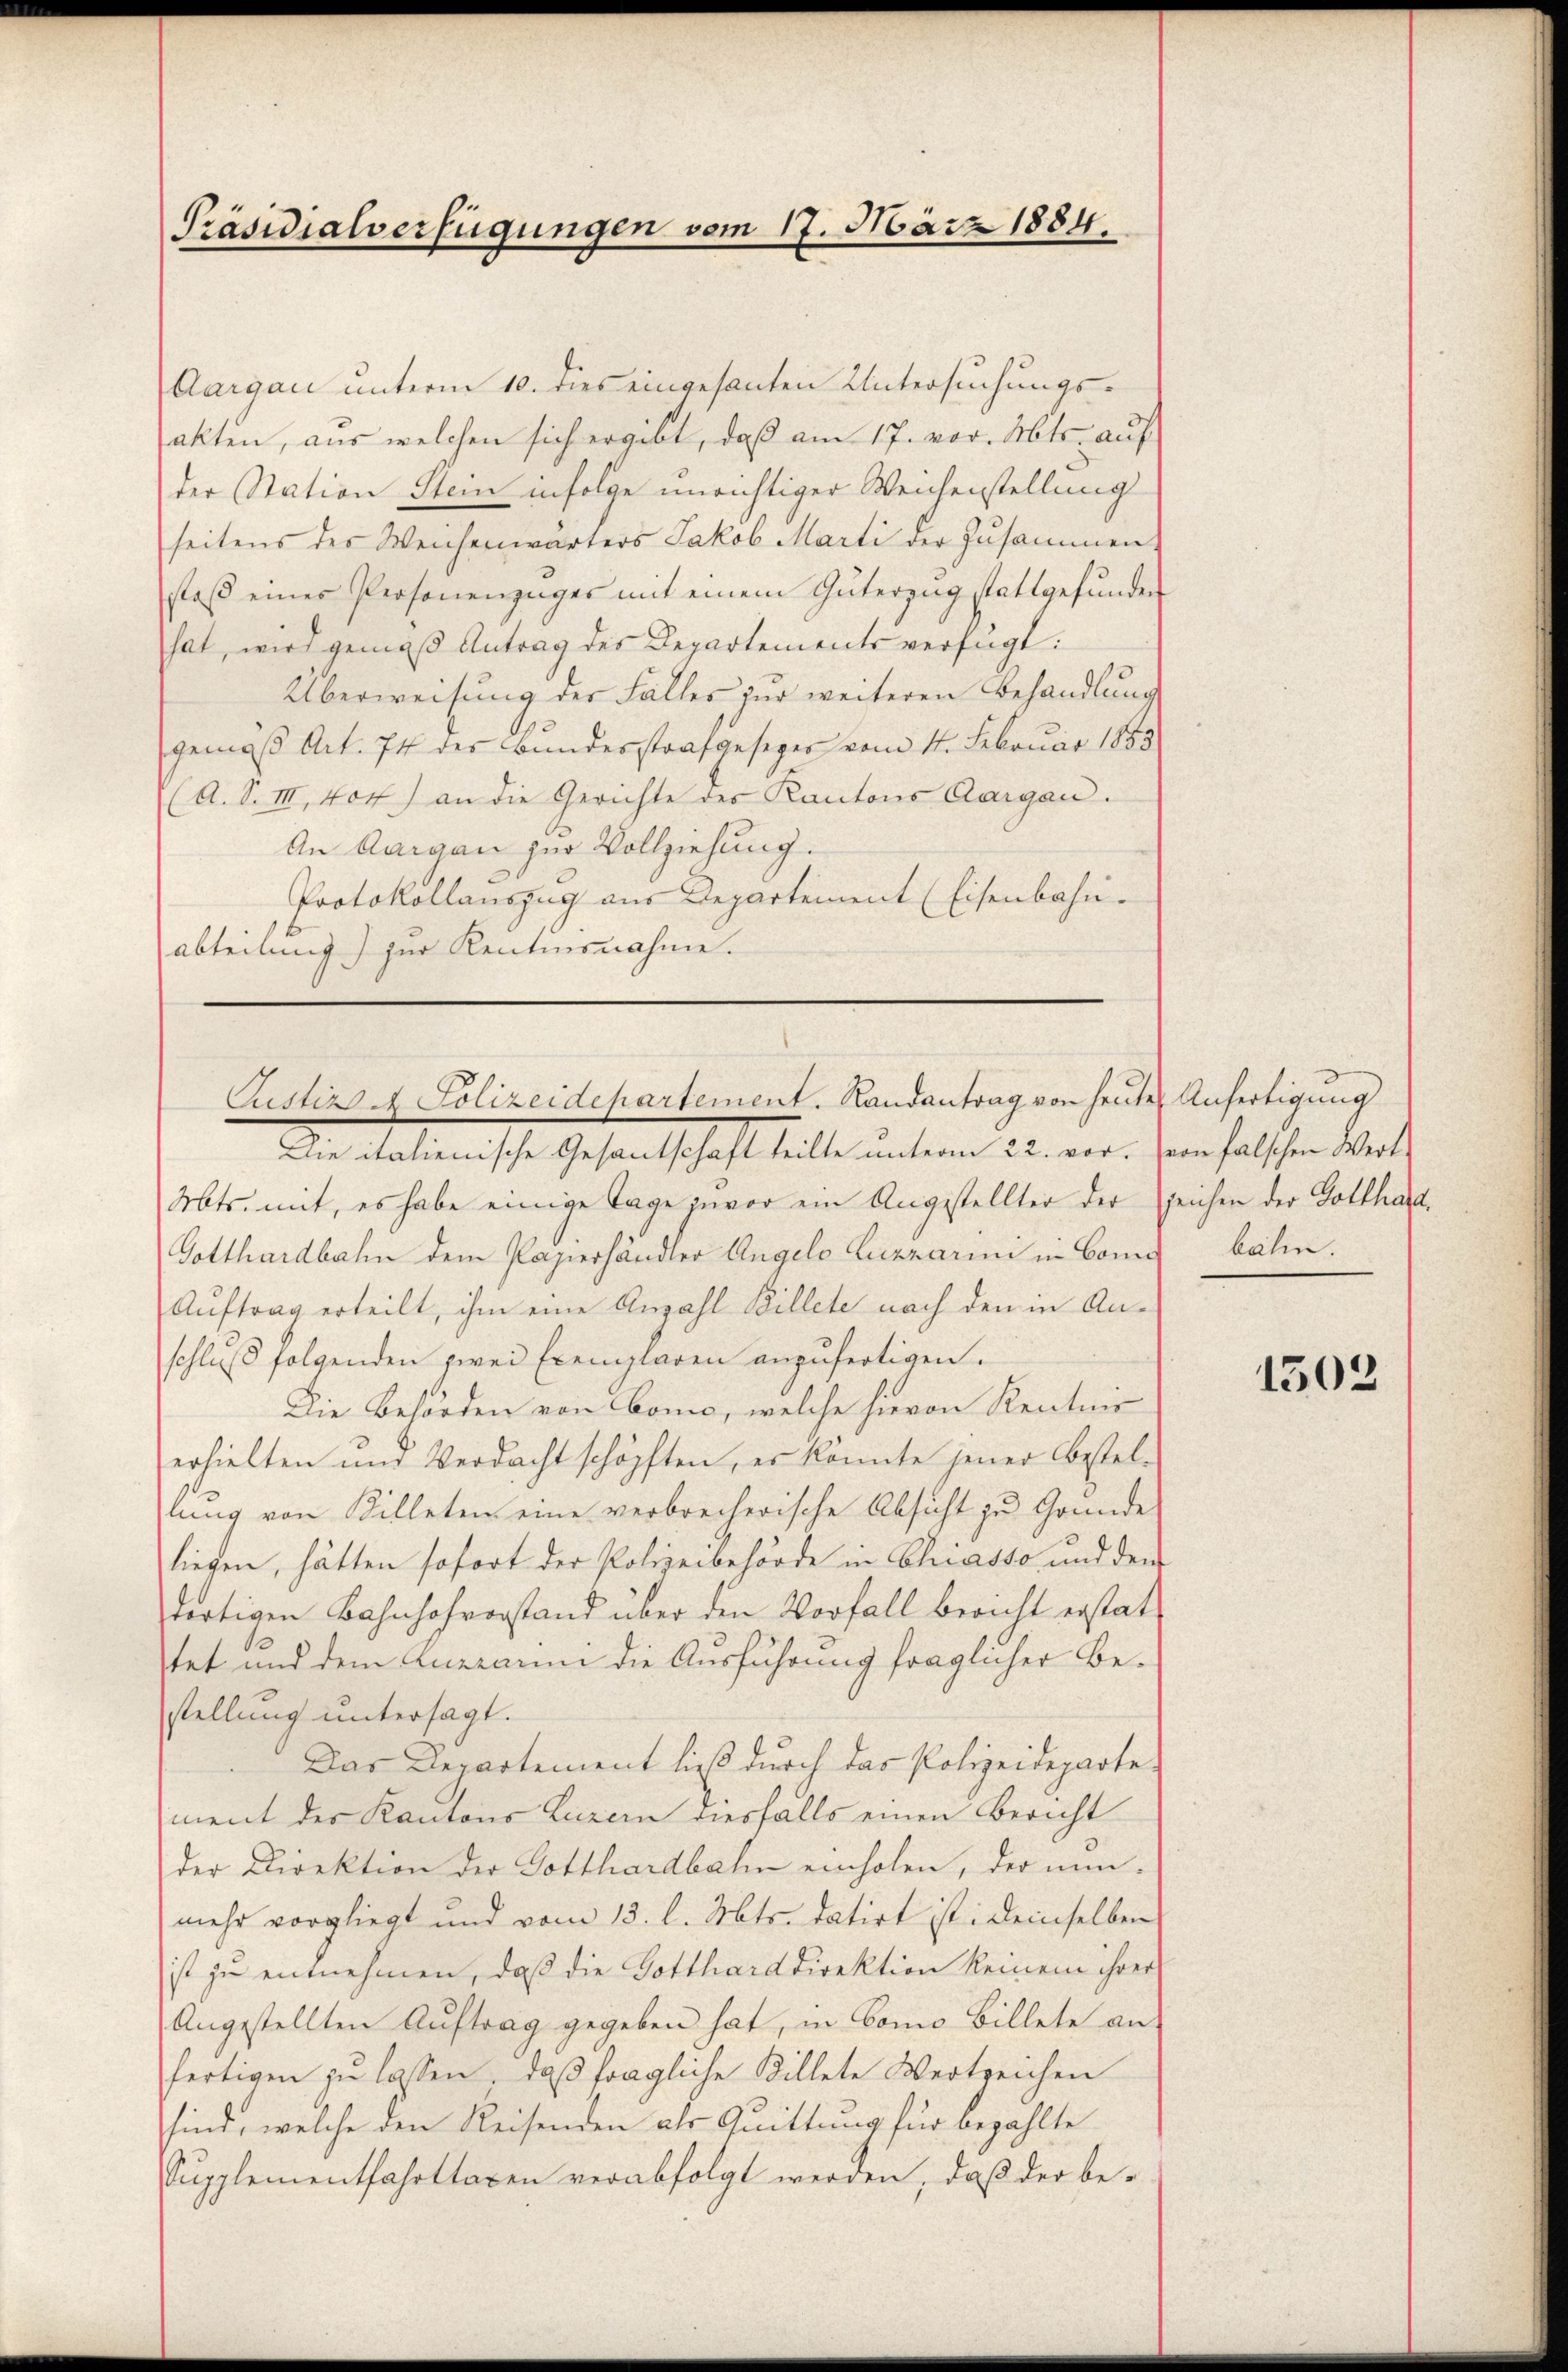
Präsidialverfügungen vom 17. März 1884.

Aargau unterm 10. dies eingesanten Untersuchungs-
akten, aus welchen sich ergibt, daß am 17. vor. Mts. auf
der Station Stein infolge unrichtiger Weichenstellung
seitens des Weichenwärters Jakob Marti der Zusammen-
staβ eines Personenzüger mit einem Güterzŭg stattgefŭnden
hat, wird gemäß Antrag des Departements verfügt:
Überweisung der Falles zur weiteren Behandlung
gemäß Art. 74 des Bundesstrafgesezes vom 11. Februar 1883
(A. S. III, 404) an die Gerichte des Kantons Aargau.
An Aargau zur Vollziehung.
Protokollauszug aus Departement (Eisenbahn.
abteilung) zur Kentiusnahme.

Custiz u. Polizeidchartement. Randantrag von heute Anfertigung

Die italienische Gesantschaft teilte unterm 22. vor. (von falschen Wert¬
Mts. mit, es habe einige Tage zuvor ein Angestellter der Zeichen der Gotthard¬
Gotthardbahn dem Papierhändler Angelo Luzrarii in Cond bähen.
Auftrag erteilt, ihm eine Anzahl Billete nach den in Anschlŭβ folgenden zwei Exemplaren anzufertigen.
Die Behörden von Como, welche hievon Kenntnis
erhielten und Verdacht schöpften, es könnte jener Bestellŭng von Billeten eine verbrecherische Absicht zu Gründe
liegen, hätten sofort der Polizeibehörde in Chiasso und dem
dortigen Bahnhofvorstand über den Vorfall bericht erstattet und dem Aneraum die Ausführung fraglicher Bestellung untersagt.
Das Departement ließ durch das Polizeidepartement der Kantons Luzern diesfalls einen Bericht
der Direktion der Gotthardbahn einholen, der nunmehr vorgliegt und vom 13. l. Mts. datirt ist: Deinselben
ist zu entnehmen, daß die Gotthard Direktion keinem ihrer
Angestellten Auftrag gegeben hat, in Como Billete an
fertigen zu lassen, daß fragliche Billete Wertzeichen
sind, welche den Reisenden als Quittung für bezahlte
Supplementfahrttaxen verabfolgt werden, daβ der be-

1502